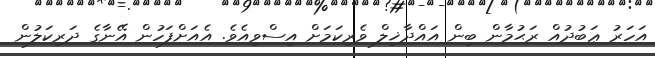
އަހަރު ޢަބުދުއް ރަޙުމާން ބިން އައްދާޚިލް ވެރިކަމަށް އިސްވިއެވެ. އެއަށްފަހުން އޭނާގެ ދަރިކަލުން